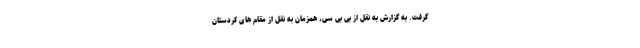
گرفت. به گزارش به نقل از بی بی سی، همزمان به نقل از مقام های کردستان